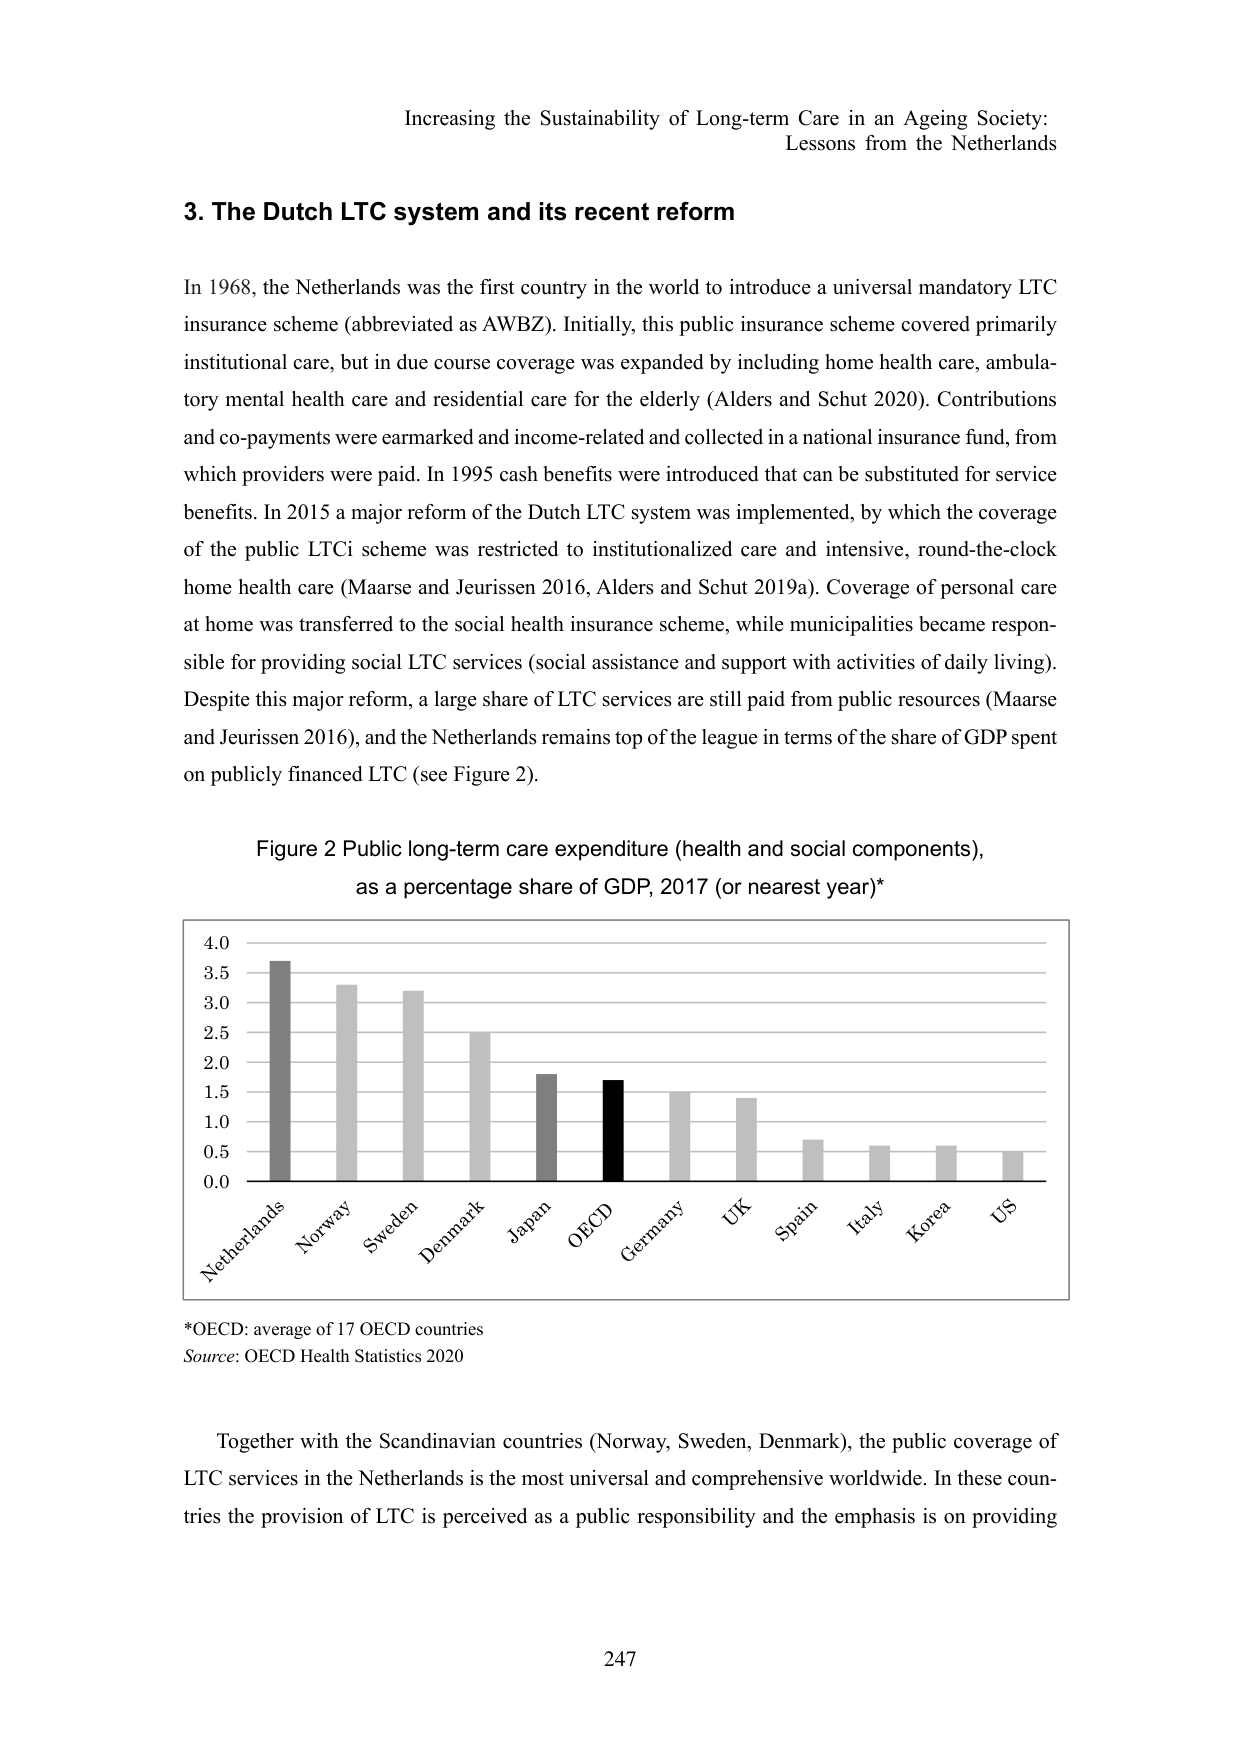
Increasing the Sustainability of Long-term Care in an Ageing Society:
Lessons from the Netherlands

3. The Dutch LTC system and its recent reform

In 1968, the Netherlands was the first country in the world to introduce a universal mandatory LTC insurance scheme (abbreviated as AWBZ). Initially, this public insurance scheme covered primarily institutional care, but in due course coverage was expanded by including home health care, ambulatory mental health care and residential care for the elderly (Alders and Schut 2020). Contributions and co-payments were earmarked and income-related and collected in a national insurance fund, from which providers were paid. In 1995 cash benefits were introduced that can be substituted for service benefits. In 2015 a major reform of the Dutch LTC system was implemented, by which the coverage of the public LTCi scheme was restricted to institutionalized care and intensive, round-the-clock home health care (Maarse and Jeurissen 2016, Alders and Schut 2019a). Coverage of personal care at home was transferred to the social health insurance scheme, while municipalities became responsible for providing social LTC services (social assistance and support with activities of daily living). Despite this major reform, a large share of LTC services are still paid from public resources (Maarse and Jeurissen 2016), and the Netherlands remains top of the league in terms of the share of GDP spent on publicly financed LTC (see Figure 2).

Figure 2 Public long-term care expenditure (health and social components),
as a percentage share of GDP, 2017 (or nearest year)*

*OECD: average of 17 OECD countries
Source: OECD Health Statistics 2020

Together with the Scandinavian countries (Norway, Sweden, Denmark), the public coverage of LTC services in the Netherlands is the most universal and comprehensive worldwide. In these countries the provision of LTC is perceived as a public responsibility and the emphasis is on providing

247